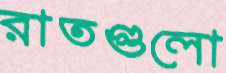
রাতগুলো